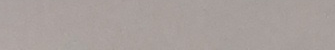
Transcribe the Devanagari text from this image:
नसकिकन